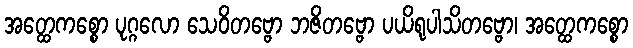
အတ္ထေကစ္စော ပုဂ္ဂလော သေဝိတဗ္ဗော ဘဇိတဗ္ဗော ပယိရုပါသိတဗ္ဗော၊ အတ္ထေကစ္စော